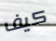
كيف